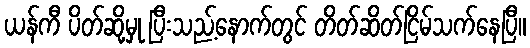
ယန်ကီ ပိတ်ဆို့မှု ပြီးသည့်နောက်တွင် တိတ်ဆိတ်ငြိမ်သက်နေပြီ။